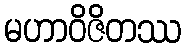
မဟာဝိဇိတဿ